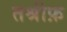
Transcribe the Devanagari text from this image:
तश्रीफ़